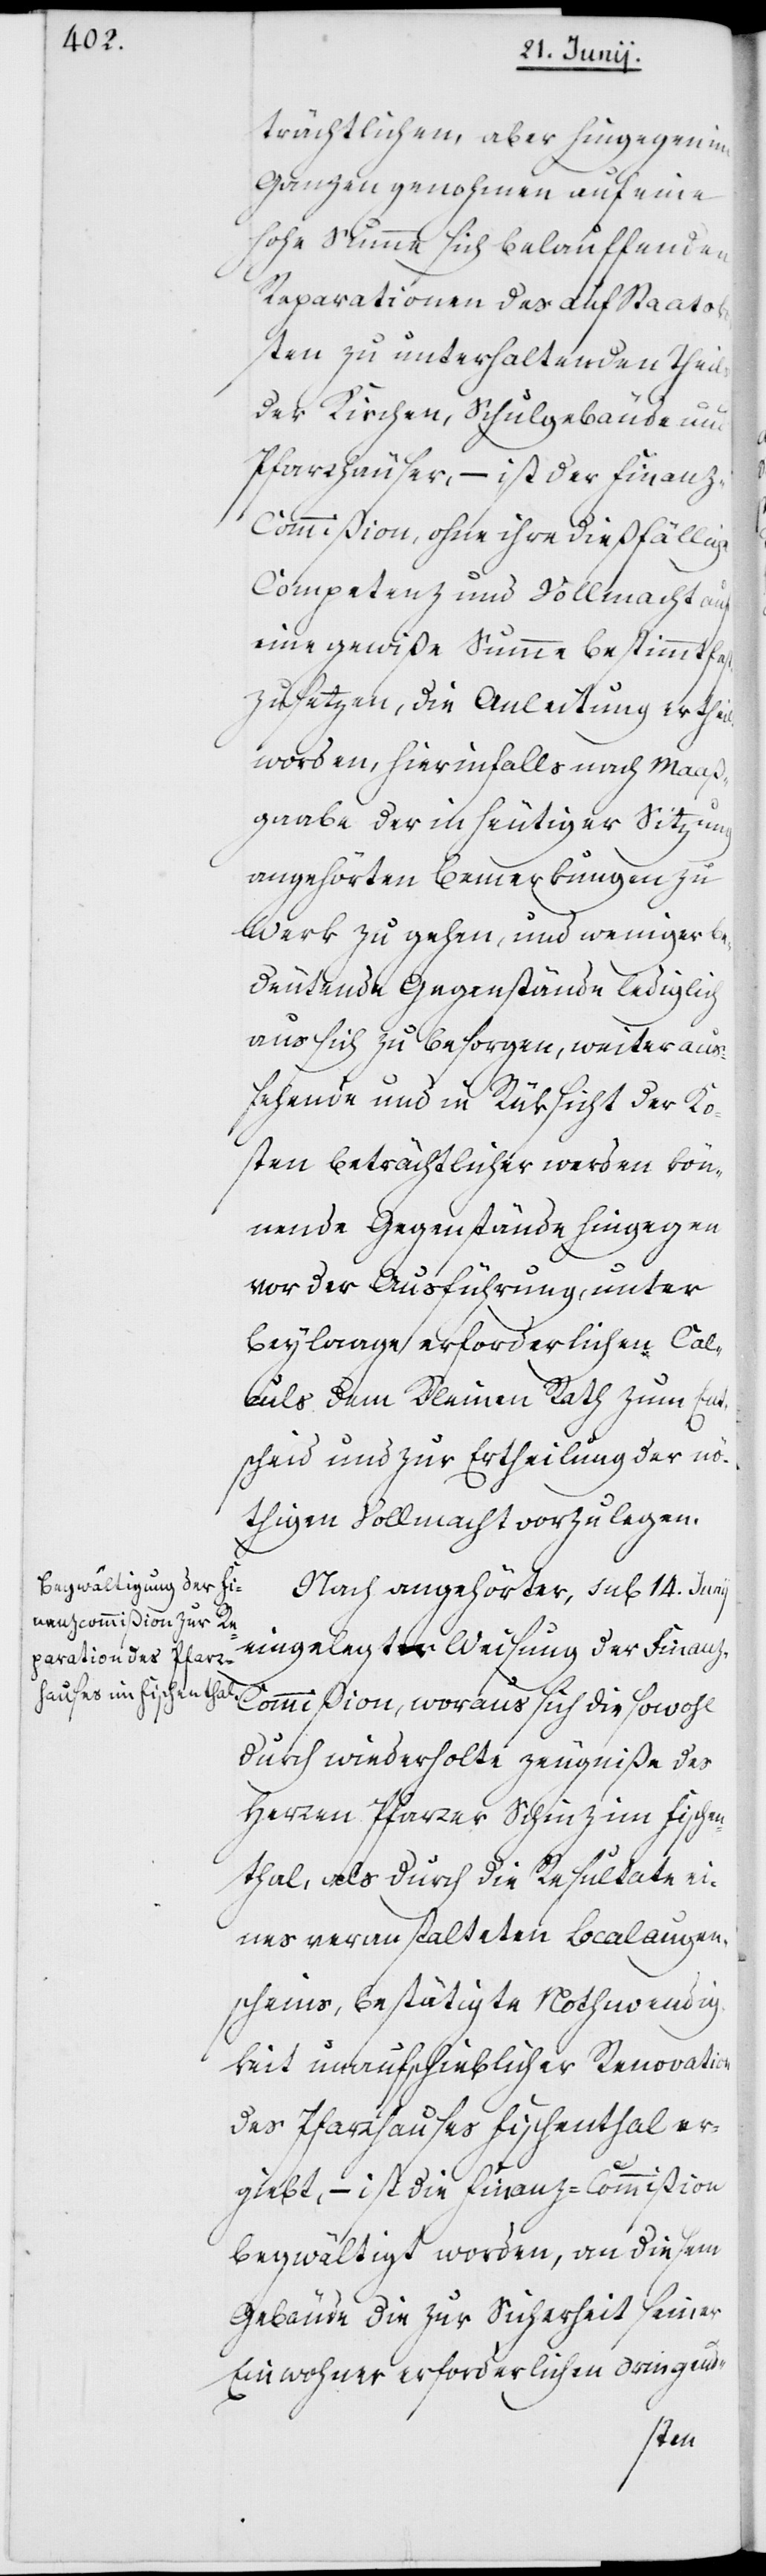
trächtlichen, aber hingegen im
Ganzen genommen auf eine
hohe Summe sich belaufenden
Reparationen des auf Staatsko¬
sten zu unterhaltenden Theils
der Kirchen, Schulgebäude und
Pfarrhäuser, – ist der Finan¬
z-Commißion, ohne ihre dießfällige
Competenz und Vollmacht auf
eine gewiße Summe bestimmt fest¬
zusetzen, die Anleitung ertheilt
worden, hierinfalls nach Maaß¬
gaabe der in heutiger Sitzung
angehörten Bemerkungen zu
Werk zu gehen, und weniger be¬
deutende Gegenstände lediglich
aus sich zu besorgen, weiter aus¬
stehende und in Rüksicht der Ko¬
sten beträchtlicher werden kön¬
nende Gegenstände hingegen
vor der Ausführung, unter
Beylaage erforderlichen Cal¬
culs dem Kleinen Rath zum Ent¬
scheid und zur Ertheilung der nö¬
thigen Vollmacht vorzulegen.
Nach angehörter, sub 14. Junij
eingelegter Weisung der Fina¬
nz-Commißion, woraus sich sowohl
durch wiederholte Zeugniße des
Herren Pfarrer Schinz im Fischen¬
thal, als durch die Resultate ei¬
nes veranstalteten Localaugen¬
scheins, bestätigte Nothwendig¬
keit unaufschieblicher Renovation
des Pfarrhauses Fischenthal er¬
gibt, – ist die Finanzkommißion
begwältigt worden, an diesem
Gebäude die zur Sicherheit seiner
Einwohner erforderlichen dringend-